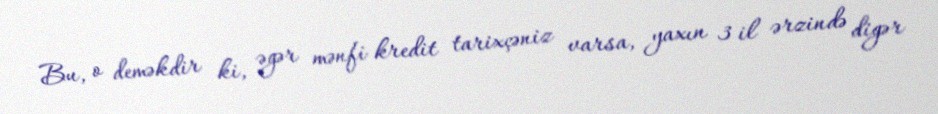
Bu, o deməkdir ki, əgər mənfi kredit tarixçəniz varsa, yaxın 3 il ərzində digər